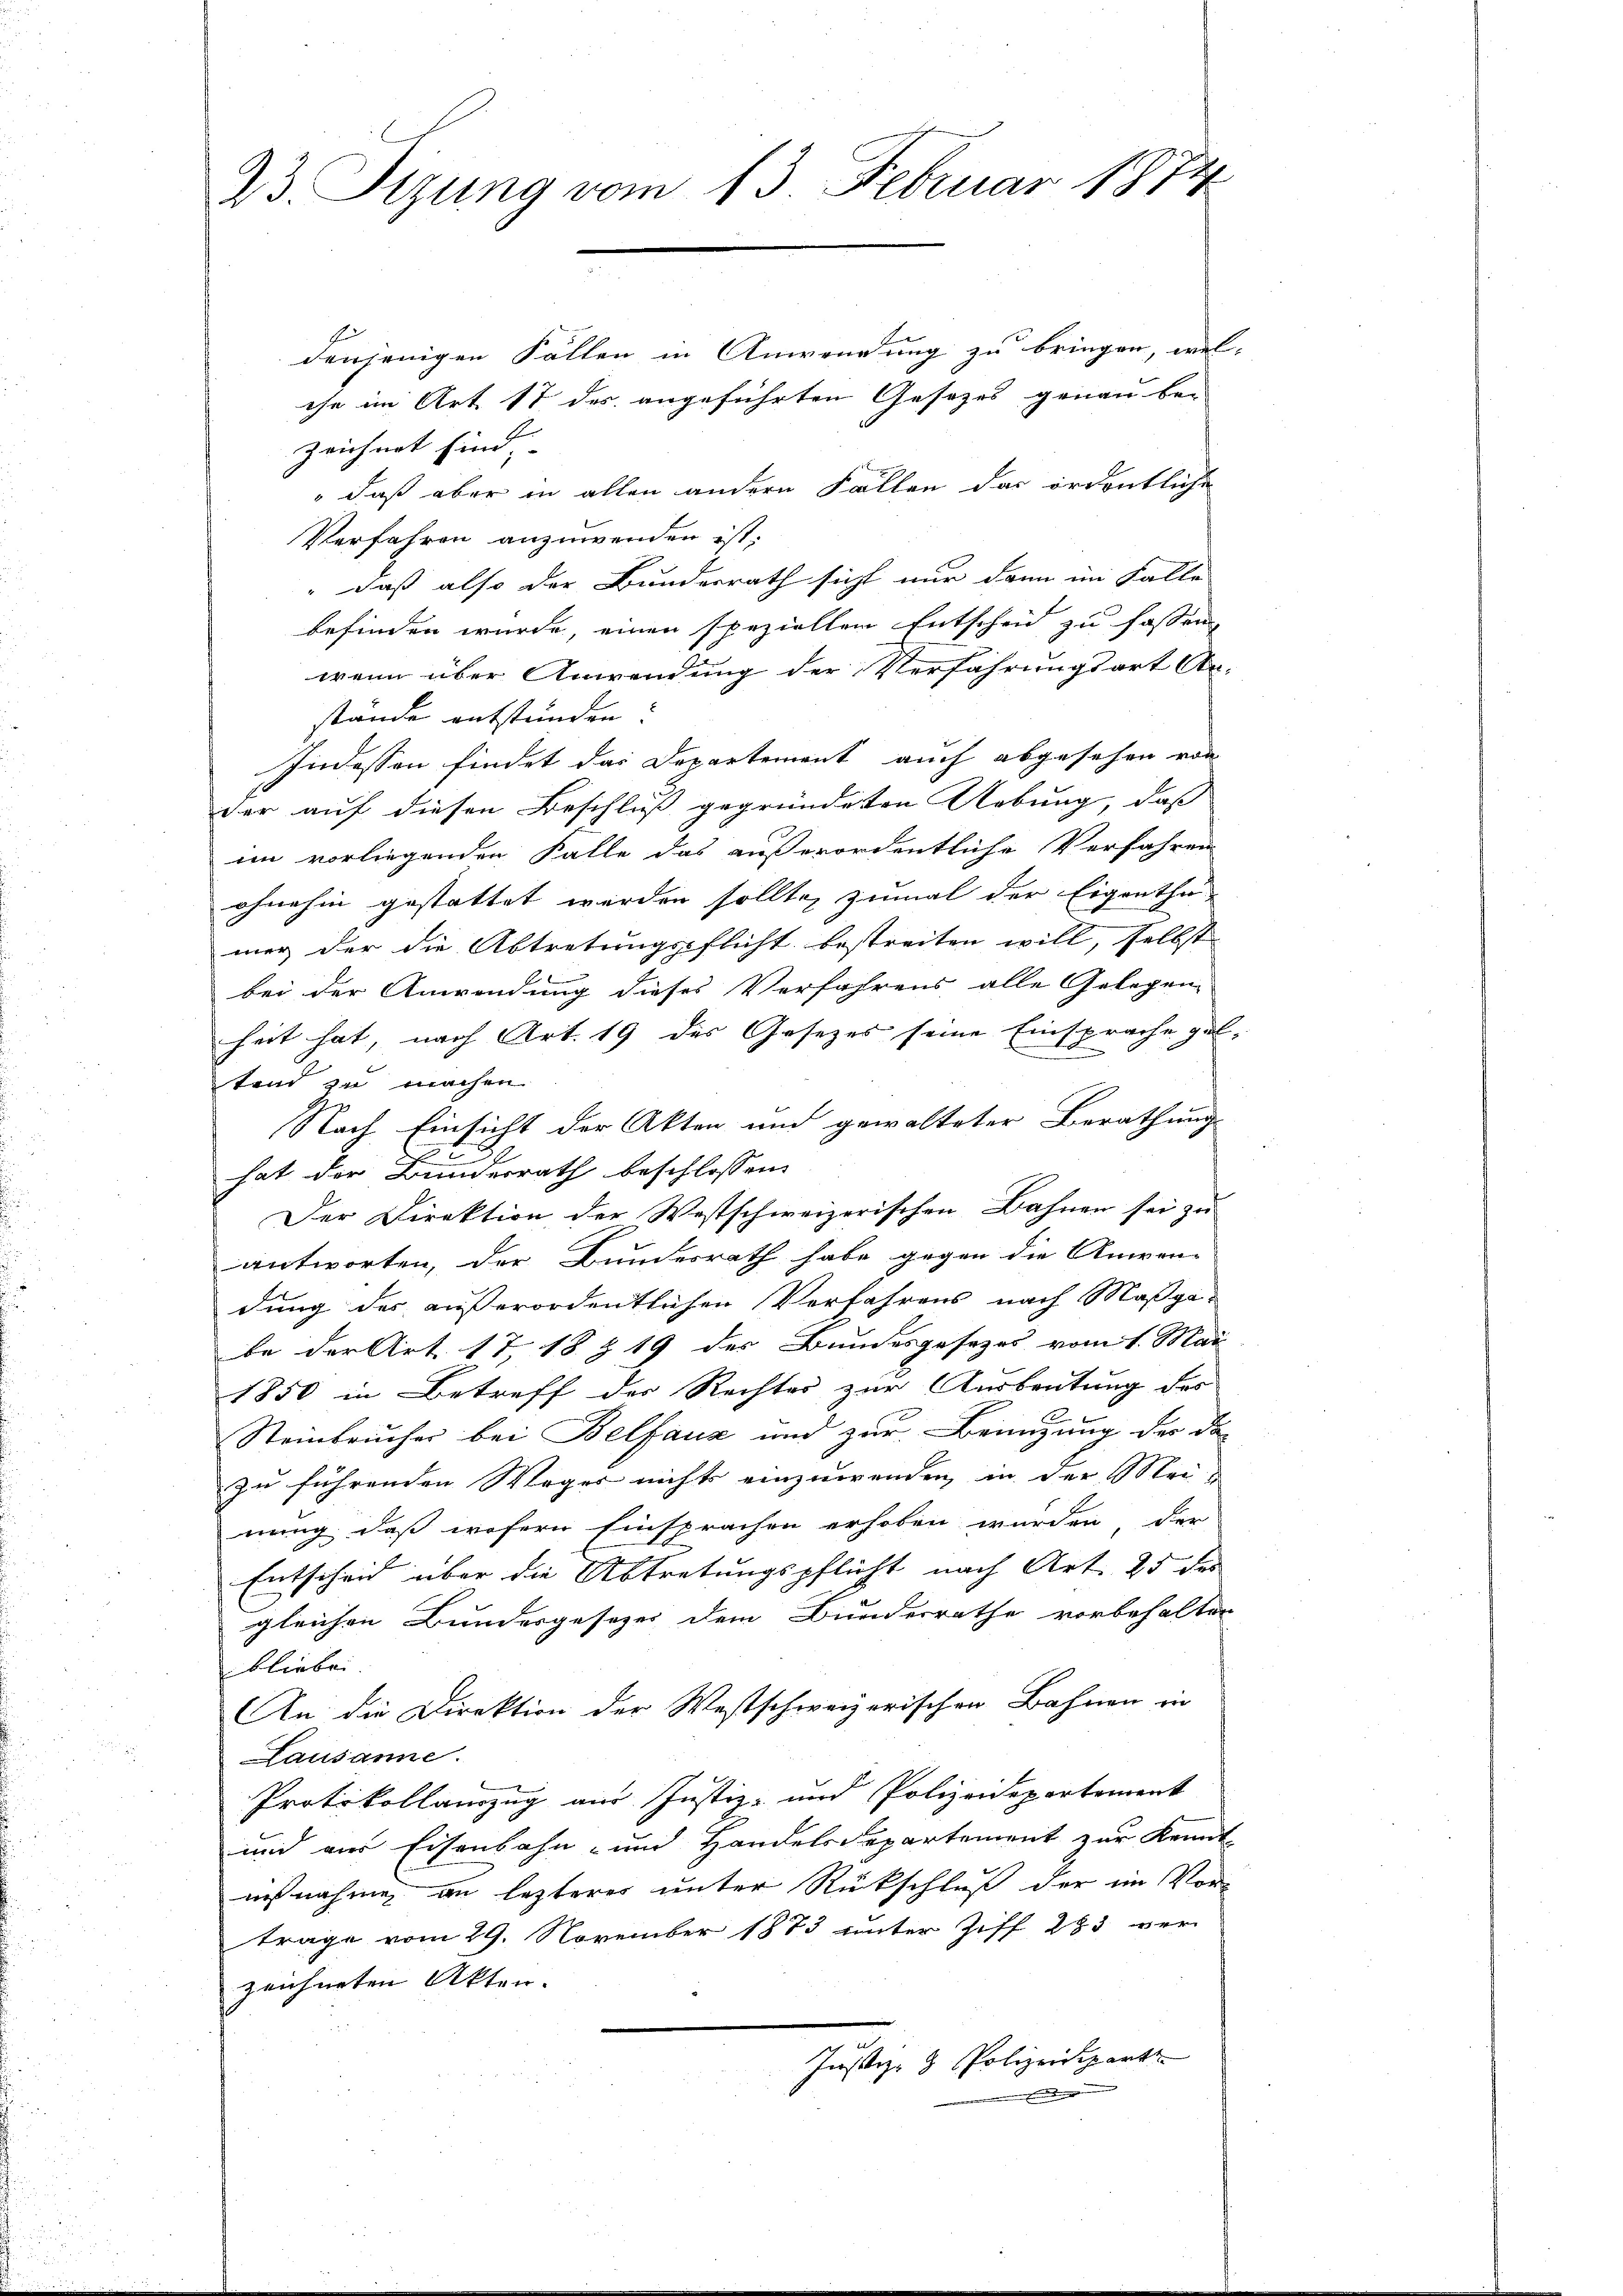
23. Sizung vom 13. Februar 1874

denjenigen Fällen in Anwendung zu bringen, wel
che im Art 17 des angeführten Gesezes genau be-
zeichnet sind. |
daß aber in allen andern Fällen das ordentliche
Verfahren anzuwenden ist;
" daß also der Bundesrath sicht nur dann im Falle
befinden wurde, einen speziellem Entscheid zu fassen,
wenn über Anwendung der Verfahrungsart An-
stande entstünden:
Indessen findet das Departement auch abgesehen von
der auf diesen Beschluß gegründeten Uebung, dass
im vorliegenden Falle das außerordentliche Verfahren
ohnehin gestattet werden sollte, zumal der Eigenthu
mer der die Abtretungspflicht bestreiten will, selbst
bei der Anwendung dieses Verfahrens alle Gelegen
heit hat, nach Art. 19 des Gesezes seine Einsprache gel
tend zu machen.
Nach Einsicht der Akten und gewalteter Berathung
e
hat der Bunderrath beschlossen:
Der Direktion der Westschweizerischen Bahnen sei zu
antworten, der Bundesrath habe gegen die Anwen-
dung des außerordentlichen Verfahrens nach Maßga-
be der Art. 17, 18 § 19 der Bundesgesezes vom 1. Mai
1850 in Betreff des Rechtes zur Ausbeutung des
Steinbrucher bei Belfauz und zur Benutzung der da
zu führenden Weger nichts einzuwenden in der Meinung, daß wofern Einsprachen erhoben wurden, der
Entscheid über die Abtretungspflicht nach Art. 25 des
gleichen Bundesgesezes dem Bundesrathe vorbehalten
blieben.
An die Direktion der Westschweizerischen Bahnen ein
Lausanne.
Protokollauszug aus Justiz- und Polizeidepartement
und aus Eisenbahn- und Handelsdepartement zur Kennt-
ausnahme an lezteres unter Rückschluß der im Vor-
träge vom 29. November 1873 unter Ziff 283 ver-
zeichneten Akten.
Justiz- & Polizeispart
d

1